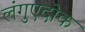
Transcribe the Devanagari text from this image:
लंगुएदोक